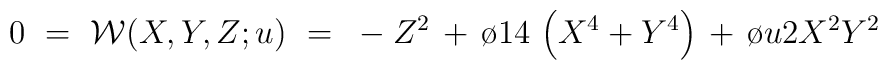
0~=~{\cal W}(X,Y,Z;u)~=~ -Z^2\, + \,{\o {1}{4}} \,\left ( X^4 + Y^4 \right ) \, + \, {\o{u}{2}}  X^2 Y^2